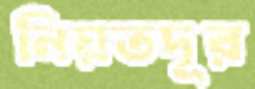
নিয়তদূর